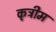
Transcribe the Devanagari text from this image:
कृत्रीम